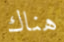
هناك